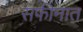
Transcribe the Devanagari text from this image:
सफीनात